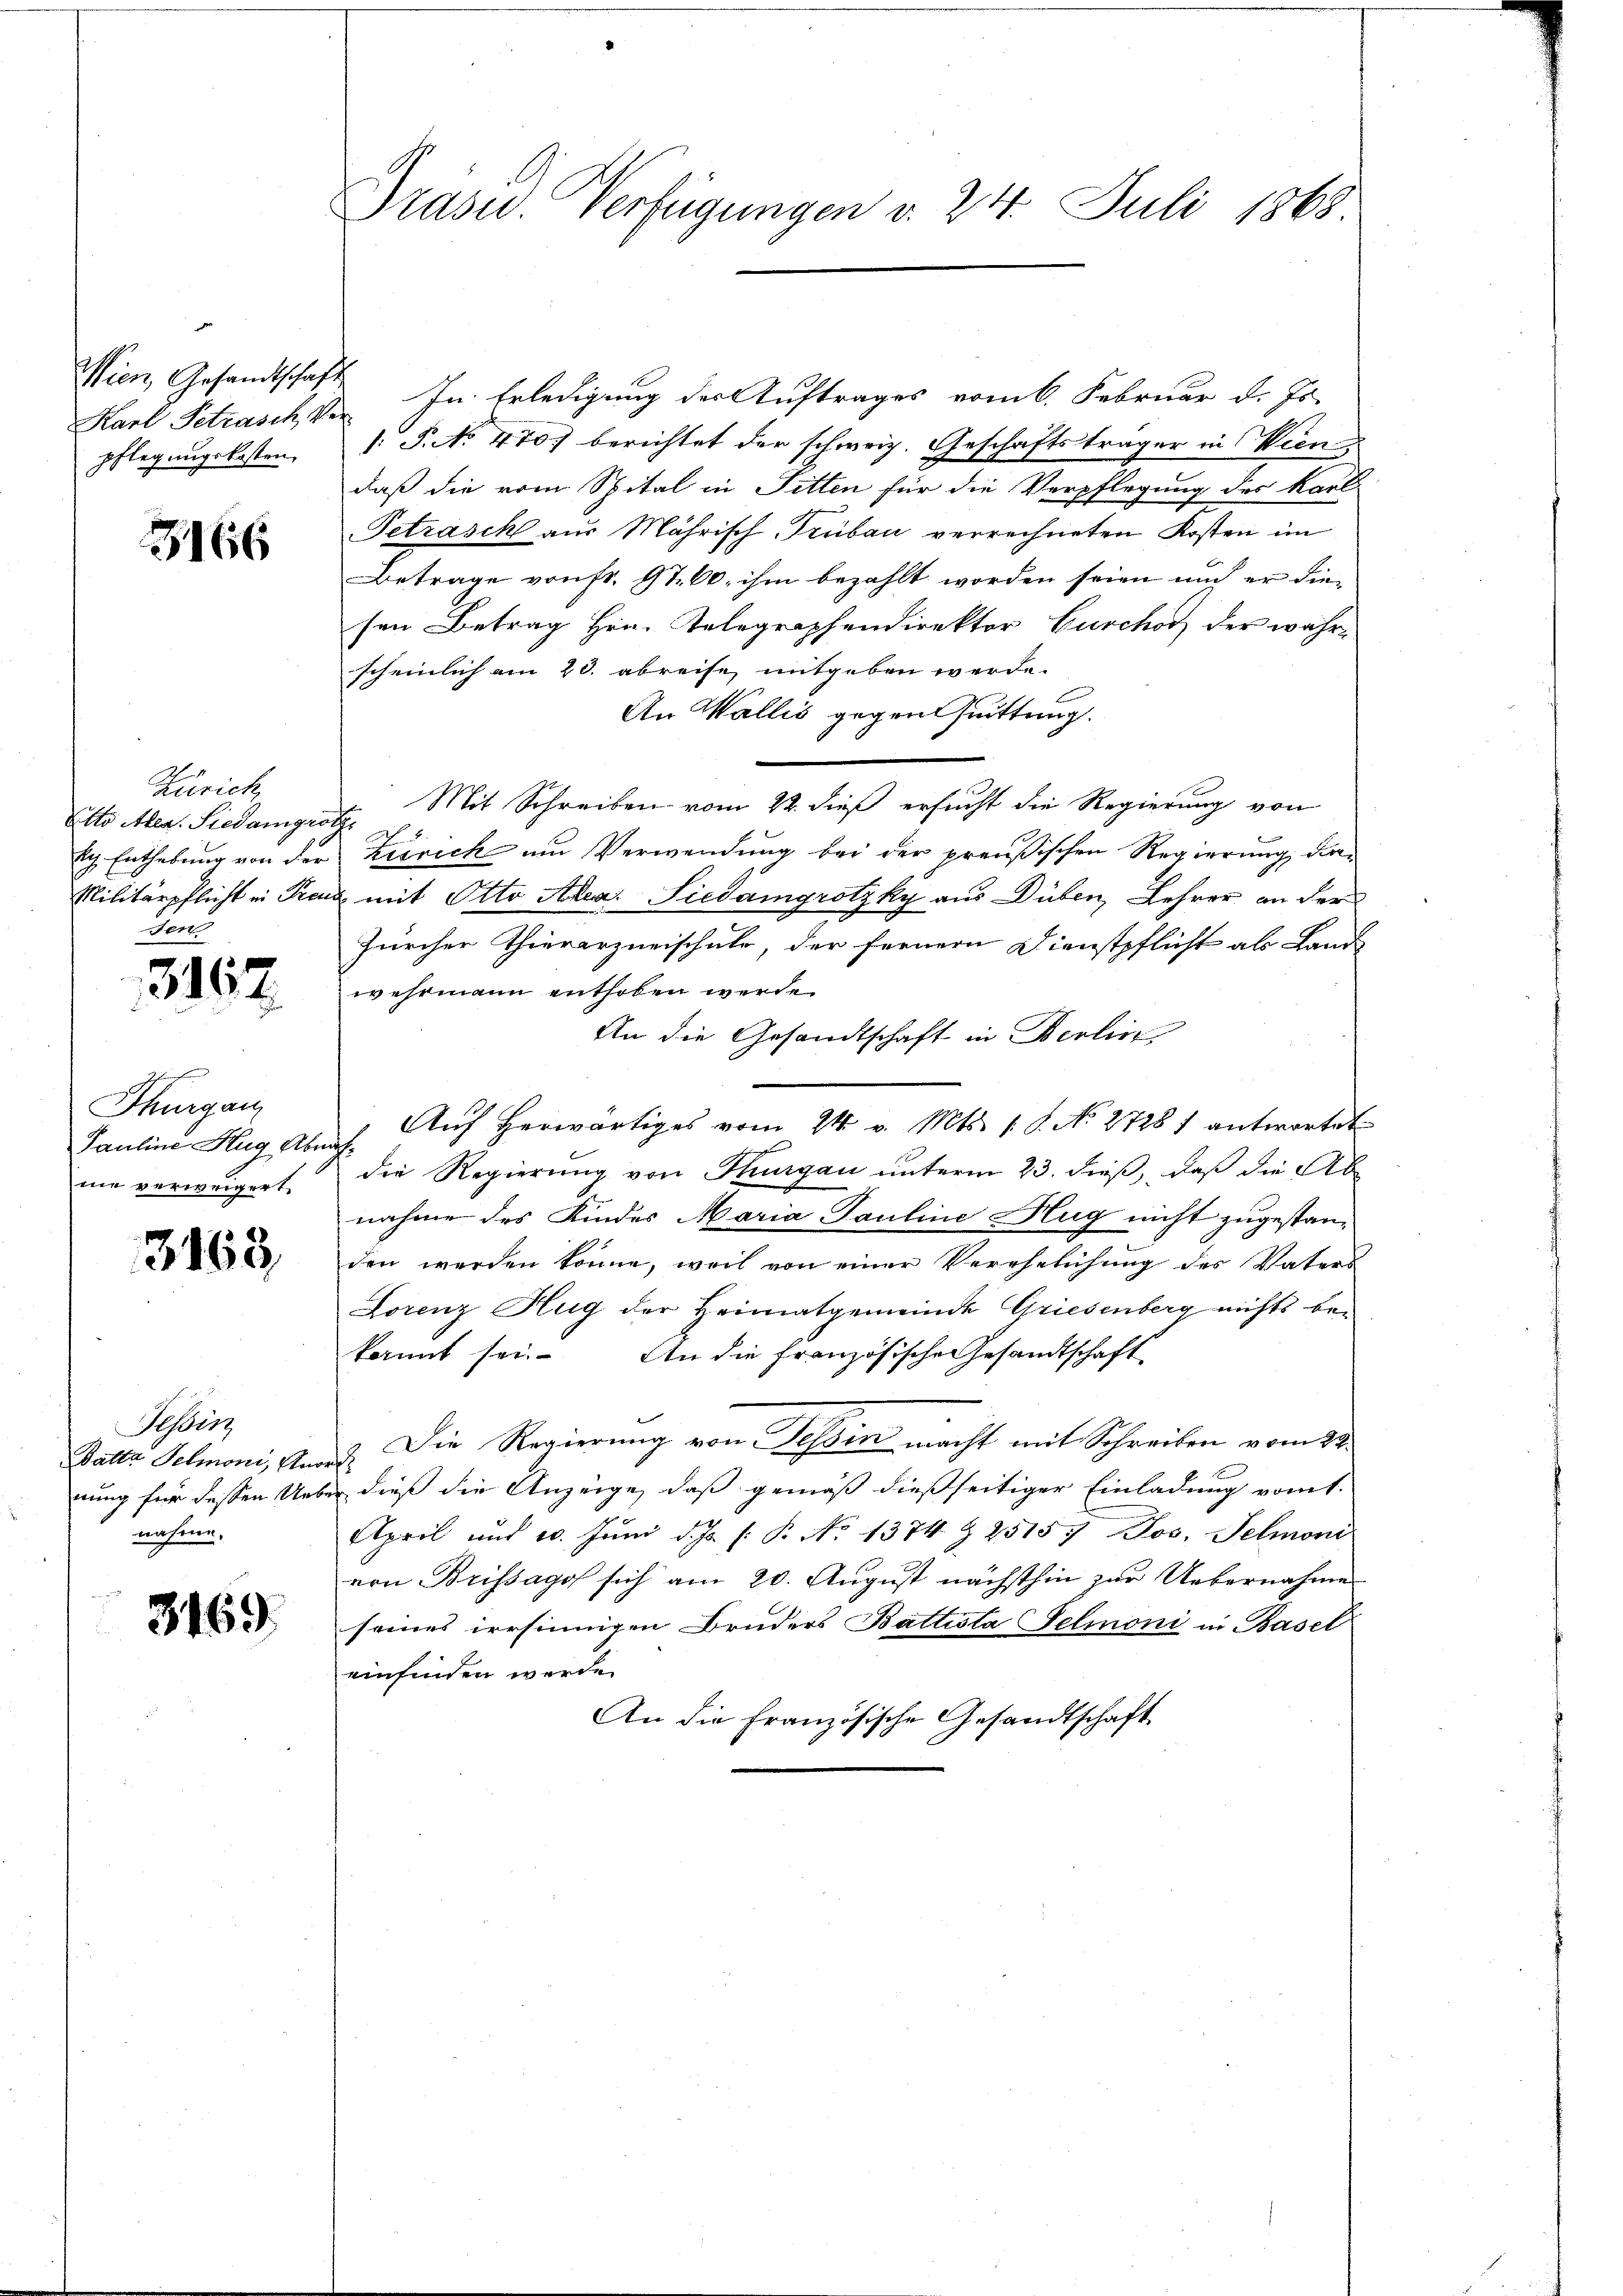
Wien Gesandtschaft
pflegungskosten,

3166

Zürich
itto Aben. Siedamgröthe
Ser

3162.

Thurgau
Pauline Hug Abnahmie verweigert.

3163.

Tessin
Batte Selmoni, Anordnung für dessen Unnahme.

3169

Präsid. Verfügungen v. 24. Juli 1868

Karl Petrasch, Vor In Erledigung des Auftrages vom 6. Februar d. Js.
 P. No 470. berichtet der schweiz. Geschäftsträger in Wien,
daß die vom Spital in Fitten für die Verpflegung des Karl
Tetrasch aus Mährisch-Trübau verrechneten Kosten im
Betrage von fr. 97. 60, ihm bezahlt worden seien und er diesen Betrag Hrn. Telegraphendirektor Burchor, der wahrscheinlich am 23. abreise mitgeben werde.
An Wallis gegen Quittung.
Mit Schreiben vom 22. dieß ersucht die Regierung von
kg Enthebung von der Zürich um Verwendung bei der preußischen Regierung da-
Militärpflicht in Preuz mit Otto Alar. Siedamgrotzky aus Düben, Lehrer an der
Zürcher Thierarzneischule, der fernern Dienstpflicht als Land
wehrmann enthoben werde.
An die Gesandtschaft in Berlin
Auf herwärtiges vom 24. v. Mts. 1 S. No 27281 antwortet
die Regierung von Thurgau unterm 23. dieß, daß die Ab
nahme des Kindes Maria Pauline Hug nicht zugestanden werden könne, weil von einer Verehelichung des Vaters
Lorenz Hug der Heimatgemeinde Griesenberg nichts be-
kannt sei. An die Französische Gesandtschaft
Die Regierung von Tessin macht mit Schreiben vom 28.
bei dieß die Anzeige, daß gemäß dießseitiger Einladung vomt.
April und 20. Jŭni d. Js. s. B. No 1374 & 25157 Jos. Felmoni
von Brissago sich am 20. August nächsthin zur Uebernahme
seines irrsinnigen Bruders Battista Felmoni in Basel
einfinden werde.
An die Französische Gesandtschaft